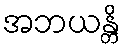
အဘယန္တိ